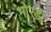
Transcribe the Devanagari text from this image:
भोरडी